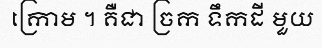
ក្រោម ។ គឺជា ច្រក ទឹកដី មួយ